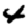
Digit: 4